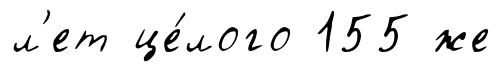
л'ет це́лого 155 же